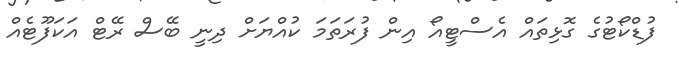
ފުޑްކޯޓުގެެ ގޮޅިތައް އެސްޓީއޯ އިން ފުރަތަމަ ކުއްޔަށް ދިނީ ބޭސް ރޭޓް އަކަފޫޓެއް